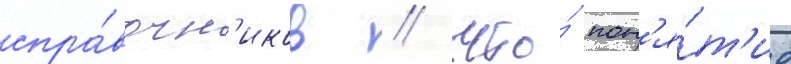
спра́вочн'иков / что́ пон'я́т'ие